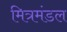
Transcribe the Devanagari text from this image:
मित्रमंडल